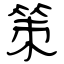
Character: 策